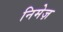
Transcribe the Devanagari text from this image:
निमेज़